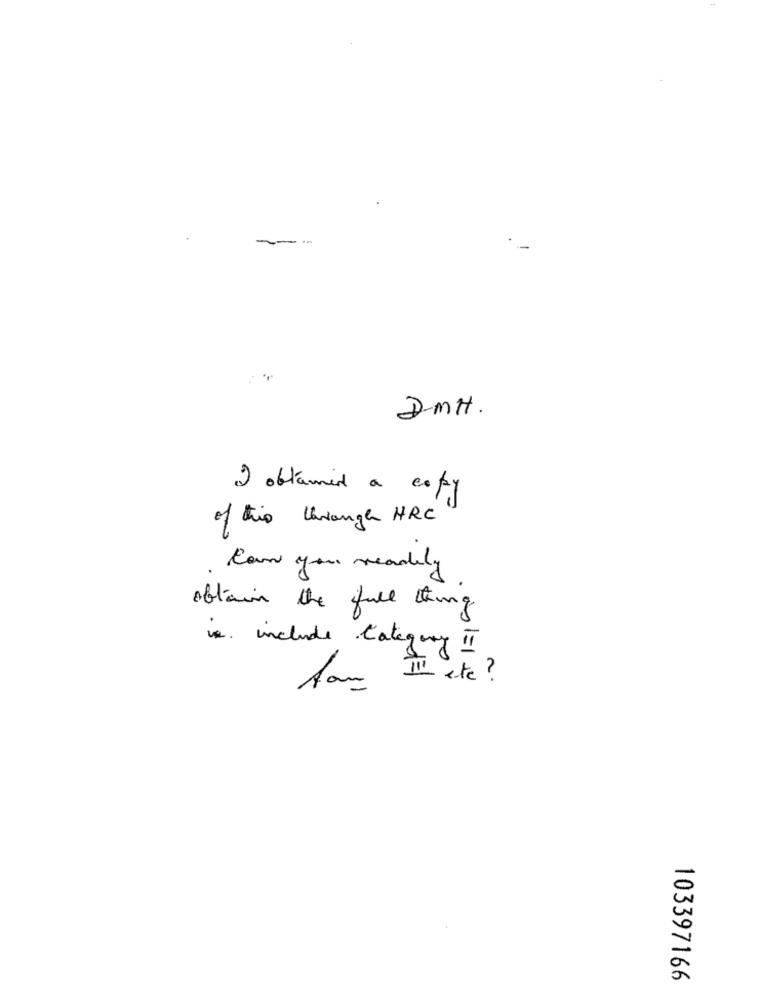
DmH.
I obtamed a copy
of this through HRC
Can you readily
obtain the full thing
. include Category II
III etc ?
Aan
103397166